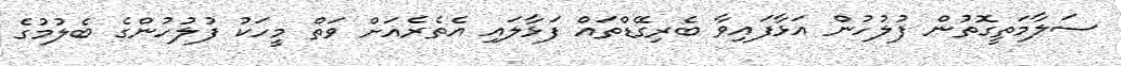
ސަލާމަތީގޮތުން ފުލުހުން އަޅާފައިވާ ބެރިގޭޑްތައް ފަޅާލައި އެތެރެއަށް ވަތް މީހަކު ފުލުހުންގެ ބެލުމުގެ